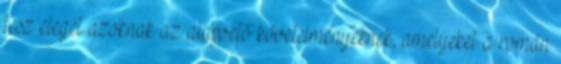
tesz eleget azoknak az alapvető követelményeknek, amelyeket a román